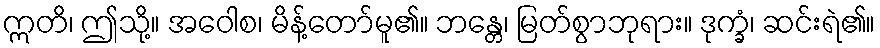
ဣတိ၊ ဤသို့။ အဝေါစ၊ မိန့်တော်မူ၏။ ဘန္တေ၊ မြတ်စွာဘုရား။ ဒုက္ခံ၊ ဆင်းရဲ၏။